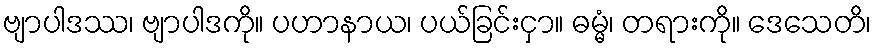
ဗျာပါဒဿ၊ ဗျာပါဒကို။ ပဟာနာယ၊ ပယ်ခြင်းငှာ။ ဓမ္မံ၊ တရားကို။ ဒေသေတိ၊